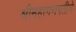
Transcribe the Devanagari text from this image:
श्रीमहागणपतीचे